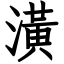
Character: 潢